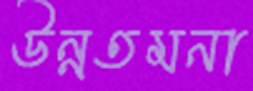
উন্নতমনা